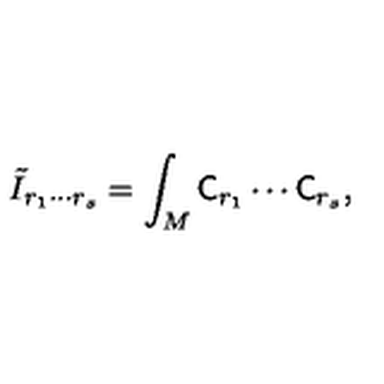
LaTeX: \tilde { I } _ { r _ { 1 } \cdots r _ { s } } = \int _ { M } { \sf C } _ { r _ { 1 } } \cdots { \sf C } _ { r _ { s } } ,